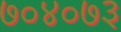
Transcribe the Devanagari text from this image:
७०४०७३